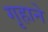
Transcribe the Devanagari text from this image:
गृहाने